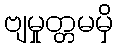
ဗျမှုတ္တမမှိ